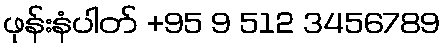
ဖုန်းနံပါတ် +95 9 512 3456789